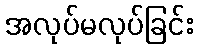
အလုပ်မလုပ်ခြင်း